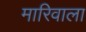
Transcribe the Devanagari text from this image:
मारिवाला